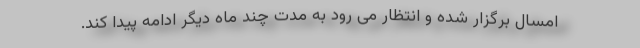
امسال برگزار شده و انتظار می رود به مدت چند ماه دیگر ادامه پیدا کند.